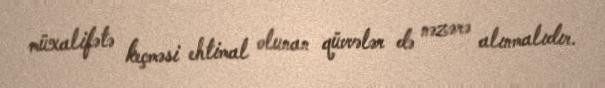
müxalifətə keçməsi ehtimal olunan qüvvələr də nəzərə alınmalıdır.